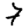
Digit: 7